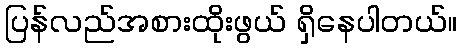
ပြန်လည်အစားထိုးဖွယ် ရှိနေပါတယ်။